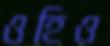
ওহিও